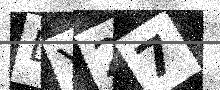
Text: LY27